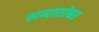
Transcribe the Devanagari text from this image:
खाद्यासोबत